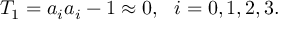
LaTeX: T _ { 1 } = a _ { i } a _ { i } - 1 \approx 0 , \, \, \, \, i = 0 , 1 , 2 , 3 .